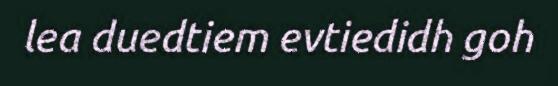
lea duedtiem evtiedidh goh